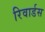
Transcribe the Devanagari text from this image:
रिवार्डस